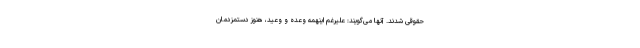
حقوقی شدند. آنها می‌گویند: علیرغم اینهمه وعده و وعید، هنوز دستمزدمان